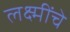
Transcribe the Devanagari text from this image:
लक्ष्मींचे